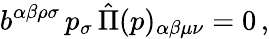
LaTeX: b^{\alpha\beta\rho\sigma}\, p_{\sigma}\, \hat{\Pi}(p)_{\alpha\beta\mu\nu}=0\, ,